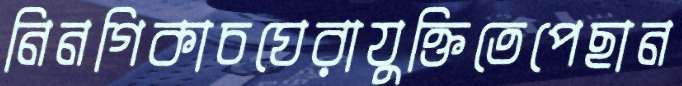
নিনগিকাচঘেরাযুক্তিতেপেছান